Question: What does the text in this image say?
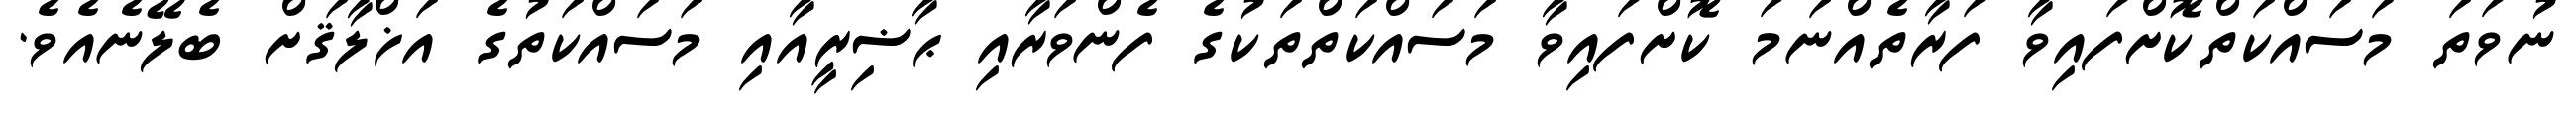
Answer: ނުވަތަ މަސައްކަތްކޮށްފައިވާ ފަރާތެއްނަމަ ކޮށްފައިވާ މަސައްކަތްތަކުގެ ފެންވަރާއި ޙާޟިރީއާއި މަސައްކަތުގެ އަޚްލާޤަށް ބެލޭނެއެވެ.